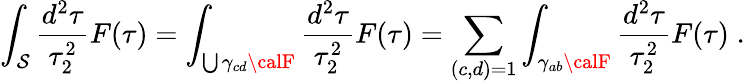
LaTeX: \int_{\mathcal{S}}\frac{{d^{2}\tau}}{{\tau_{2}^{2}}}F(\tau)=\int_{\bigcup\gamma_{cd}{\calF}}\frac{{d^{2}\tau}}{{\tau_{2}^{2}}}F(\tau)=\sum_{(c,d)=1}\int_{\gamma_{ab}{\calF}}\frac{{d^{2}\tau}}{{\tau_{2}^{2}}}F(\tau)\; .